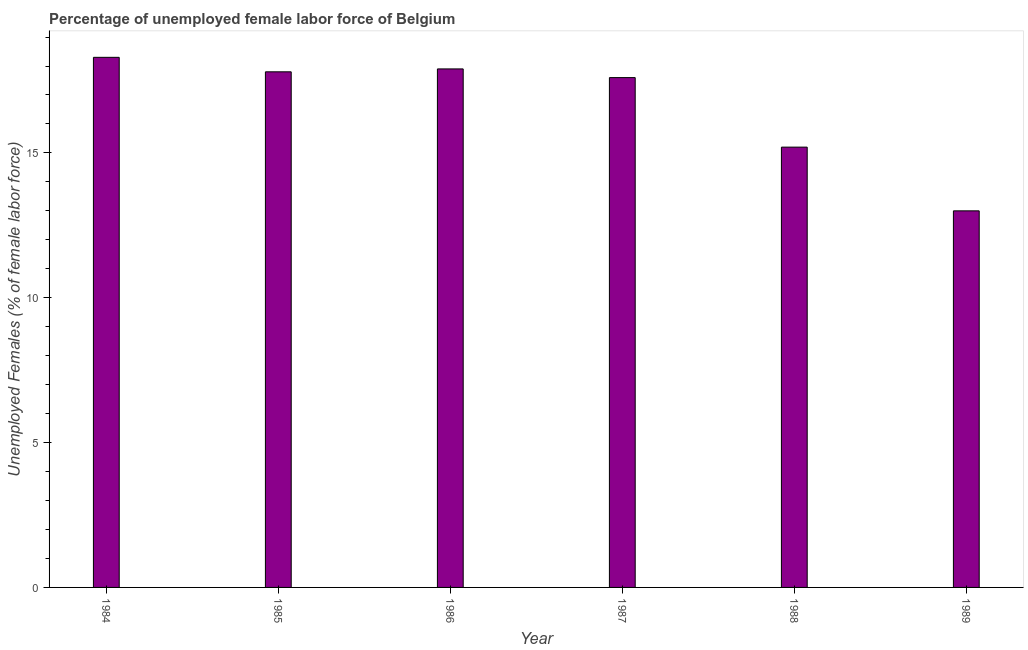
| Year | Unemployment female |
 | --- | --- |
 | 1984 | 18.3 |
 | 1985 | 17.8 |
 | 1986 | 17.9 |
 | 1987 | 17.6 |
 | 1988 | 15.2 |
 | 1989 | 13 |